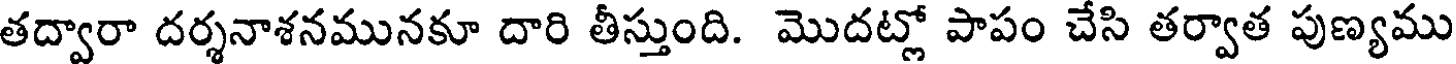
తద్వారా దర్శనాశనమునకూ దారి తీస్తుంది. మొదట్లో పాపం చేసి తర్వాత పుణ్యము